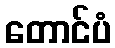
တောင်ပံ